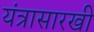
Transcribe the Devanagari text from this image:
यंत्रासारखी